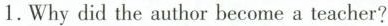
1. Why did the author become a teacher?